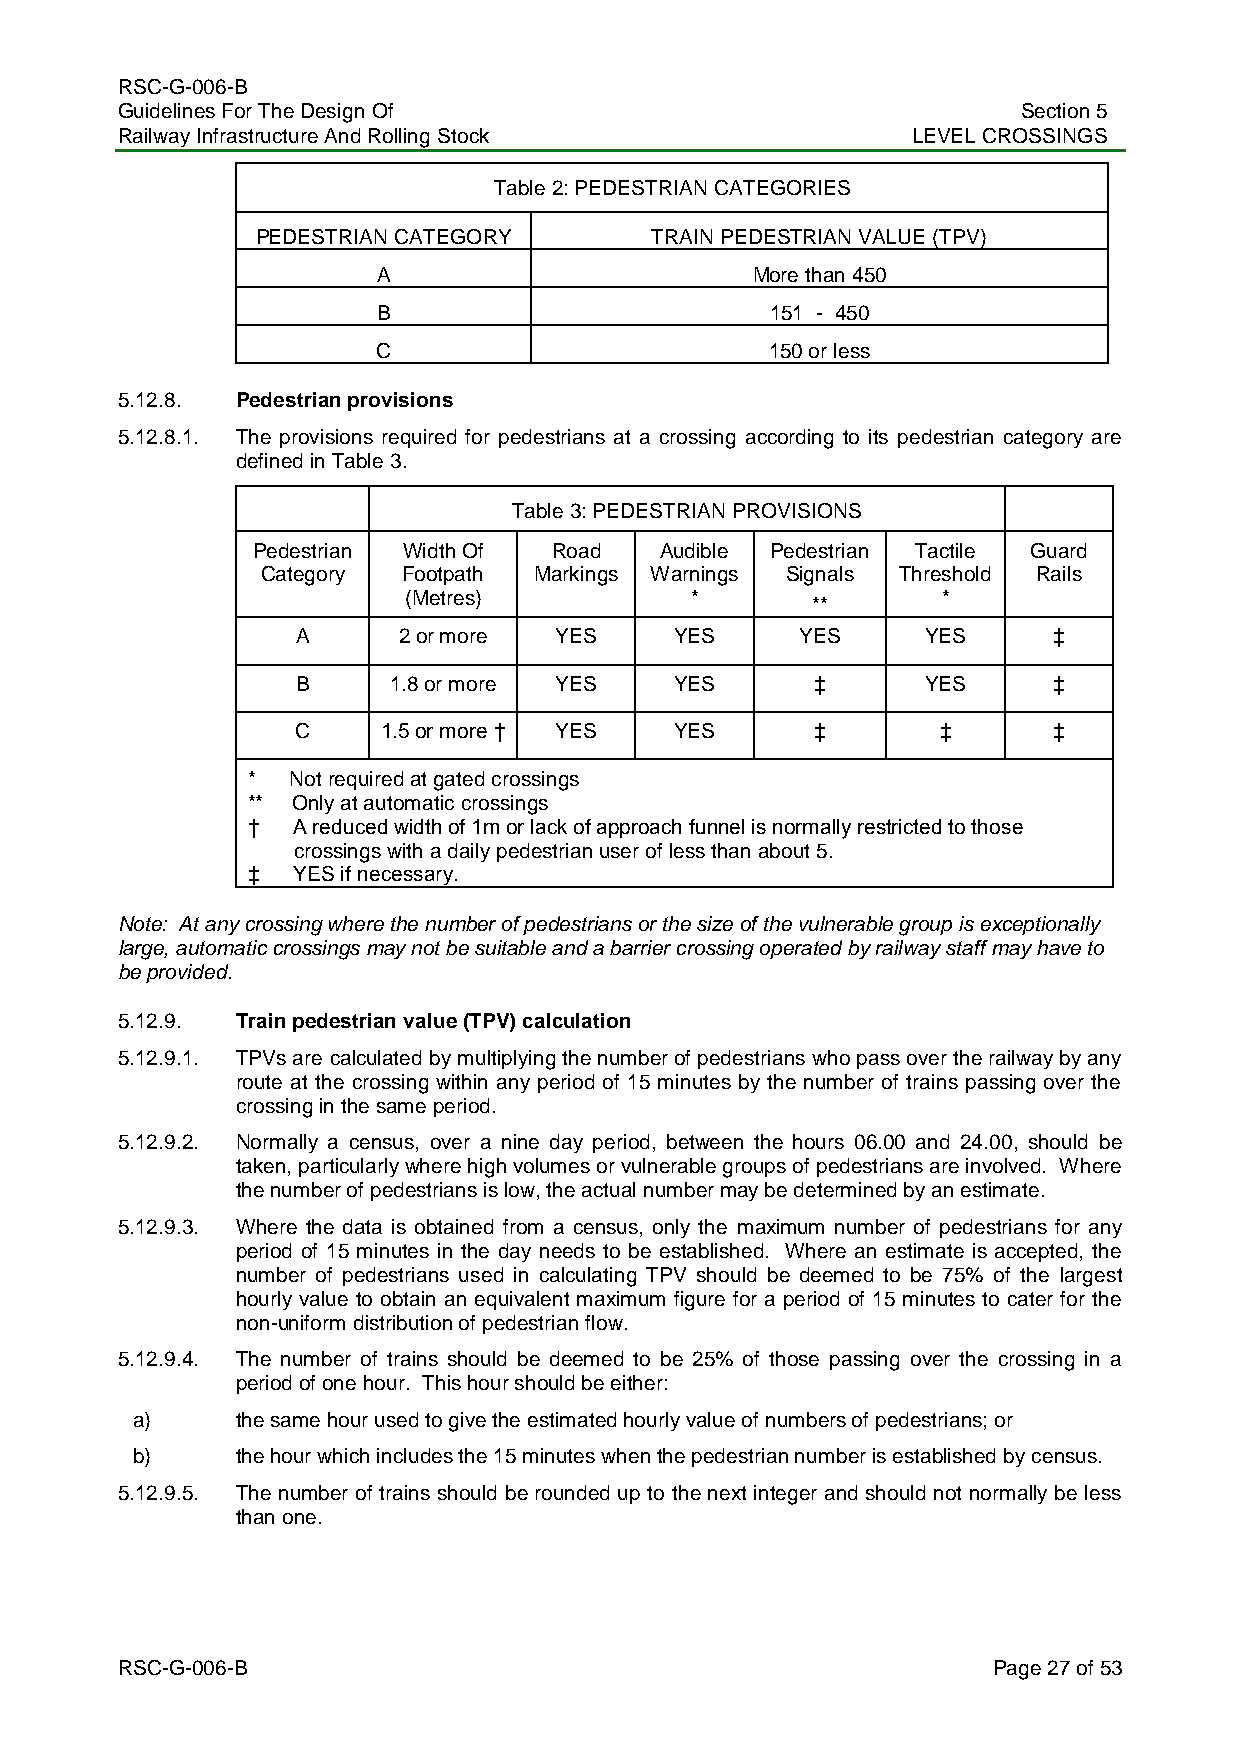
RSC-G-006-B
 Guidelines For The Design Of                                Section 5
 Railway Infrastructure And Rolling Stock            LEVEL CROSSINGS
 Table 2: PEDESTRIAN CATEGORIES
 PEDESTRIAN CATEGORY       TRAIN PEDESTRIAN VALUE (TPV)
 A                        More than 450
 B                         151 - 450
 C                         150 or less
 5.12.8. Pedestrian provisions
 5.12.8.1. The provisions required for pedestrians at a crossing according to its pedestrian category are
 defined in Table 3.
 Table 3: PEDESTRIAN PROVISIONS
 Pedestrian Width Of Road   Audible Pedestrian Tactile Guard
 Category  Footpath Markings Warnings Signals Threshold Rails
 (Metres)           *       **      *
 A     2 or more  YES     YES     YES     YES      ‡
 B     1.8 or more YES    YES      ‡      YES      ‡
 C    1.5 or more † YES   YES      ‡       ‡       ‡
 *  Not required at gated crossings
 ** Only at automatic crossings
 †  A reduced width of 1m or lack of approach funnel is normally restricted to those
 crossings with a daily pedestrian user of less than about 5.
 ‡  YES if necessary.
 Note: At any crossing where the number of pedestrians or the size of the vulnerable group is exceptionally
 large, automatic crossings may not be suitable and a barrier crossing operated by railway staff may have to
 be provided.
 5.12.9. Train pedestrian value (TPV) calculation
 5.12.9.1. TPVs are calculated by multiplying the number of pedestrians who pass over the railway by any
 route at the crossing within any period of 15 minutes by the number of trains passing over the
 crossing in the same period.
 5.12.9.2. Normally a census, over a nine day period, between the hours 06.00 and 24.00, should be
 taken, particularly where high volumes or vulnerable groups of pedestrians are involved. Where
 the number of pedestrians is low, the actual number may be determined by an estimate.
 5.12.9.3. Where the data is obtained from a census, only the maximum number of pedestrians for any
 period of 15 minutes in the day needs to be established. Where an estimate is accepted, the
 number of pedestrians used in calculating TPV should be deemed to be 75% of the largest
 hourly value to obtain an equivalent maximum figure for a period of 15 minutes to cater for the
 non-uniform distribution of pedestrian flow.
 5.12.9.4. The number of trains should be deemed to be 25% of those passing over the crossing in a
 period of one hour. This hour should be either:
 a)     the same hour used to give the estimated hourly value of numbers of pedestrians; or
 b)     the hour which includes the 15 minutes when the pedestrian number is established by census.
 5.12.9.5. The number of trains should be rounded up to the next integer and should not normally be less
 than one.
 RSC-G-006-B                                               Page 27 of 53